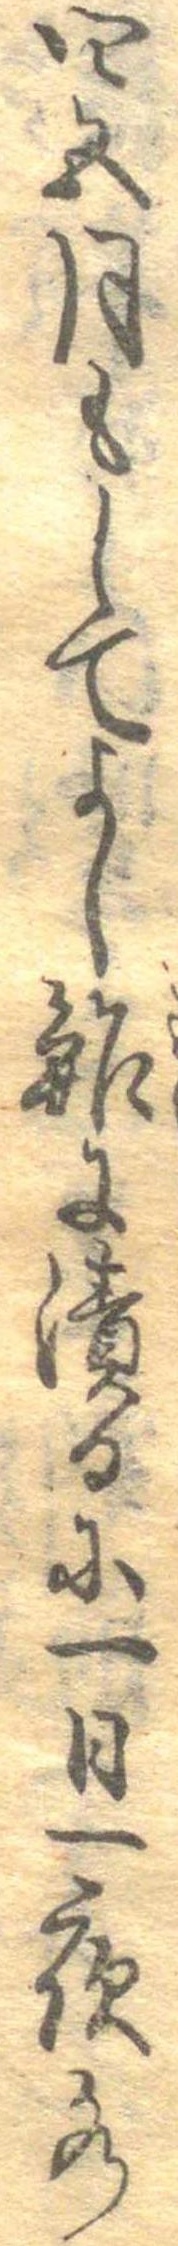
四五月もしてよし鮓に漬るに一日一夜水